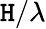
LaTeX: \mathtt{H}/\lambda